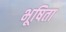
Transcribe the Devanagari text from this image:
भूषिता